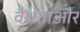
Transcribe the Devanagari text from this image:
वैधताऔर